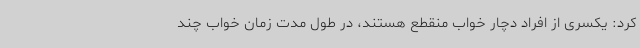
کرد: یکسری از افراد دچار خواب منقطع هستند، در طول مدت زمان خواب چند